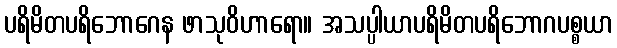
ပရိမိတပရိဘောဂေန ဖာသုဝိဟာရော။ အသပ္ပါယာပရိမိတပရိဘောဂပစ္စယာ